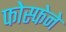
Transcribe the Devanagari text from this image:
फोस्फेने